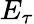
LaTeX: E_{\tau}